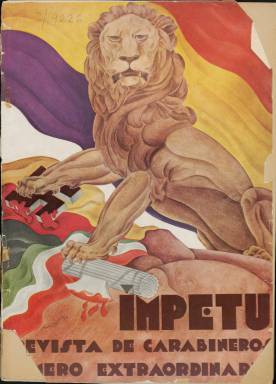
Título: Ímpetu (Madrid. 1937)
Colección: Guerra civil
Ámbito geográfico: Madrid
Lugar de publicación: Madrid
Fechas: 01/01/1939-01/01/1939

Esta revista fue editada por el Cuerpo de Carabineros, una de las fuerzas que formaban parte del Ejército Popular de la República en la Guerra Civil. Su primer número apareció en noviembre de 1937 cuando ya había transcurrido más de un año de lucha y todavía nadie podía predecir de qué lado se inclinaría la victoria. La publicación estaba editada en Madrid, aunque con el mismo título se publicó una revista en octubre 1938 en Barcelona, con solo ese número, editada por la delegación general de Carabineros en Cataluña.

  No obstante, la Biblioteca Nacional sólo posee un número extraordinario de la revista editada en Madrid, el publicado el 1 de enero de 1939, cuando la victoria estaba ya inclinada de manera clara hacia el bando nacional tras haber ganado la decisiva batalla del Ebro y haber partido en dos la zona bajo control de la República.  Sorprende por ello el gran número de páginas de este número especial, un total de 110, lo que indica que el gobierno republicano quería mantener engrasada el arma de la propaganda para estimular la moral de sus tropas.

    En el editorial de la revista se explica el por qué de ese gran despliegue: ‘Hoy queremos neutralizar con nuestra amplia superficie de papel, con la difusión de grabados interesantes y artículos de las mejores plumas y con informaciones y secciones de actualidad hechas por los redactores las deficiencias que hemos tenido en números anteriores’.

   Realmente, este número especial es todo un derroche de medios y recursos. Tras diez páginas de publicidad y un sumario con el contenido de la revista pueden leerse unas palabras dirigidas al Cuerpo de Carabineros por el presidente del Gobierno, Juan Negrín, un artículo del líder socialista Indalecio Prieto, otro de Diego Martínez Barrio, que fue presidente del Congreso, y hasta una colaboración del dramaturgo Jacinto Benavente y un reportaje sobre los actores y actrices de Hollywood que habían mostrado su solidaridad con la España republicana.

   Pero lo realmente destacable de este número es su gran despliegue gráfico, con la cubierta y otras dos páginas en color y numerosas fotografías que muestran la aviación, la flota y la infantería republicana, en un alarde con el que se pretendía insuflar moral de victoria a las fuerzas que combatían. También, como es lógico, numerosas páginas se centran en la labor de los jefes de Carabineros y la actuación de sus miembros.

   Puede leerse también un interesante artículo sobre la historia de este Cuerpo, que fue reformado a causa de la guerra y a sus tradicionales funciones de control fiscal y de fronteras unió las de combate, con unidades de choque integradas en batallones iguales a los del ejército.

  Otro dato importante de esta revista es que incluye en sus últimas páginas un suplemento titulado Ruedas, de la Jefatura Central de Transportes del Ministerio de Hacienda, que se abre con un artículo sobre la prestación de ayuda en carretera.

[Descripción publicada el 17/08/2022]